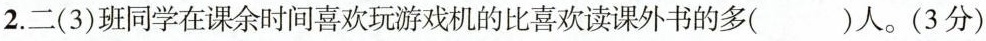
)2.二(3)班同学在课余时间喜欢玩游戏机的比喜欢读课外书的多()人。(3分)